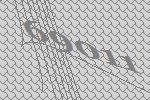
69011